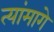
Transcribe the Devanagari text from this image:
त्यांमागे